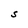
Character: S